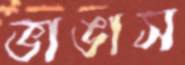
ভাঙাস